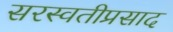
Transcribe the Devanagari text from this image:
सरस्वतीप्रसाद